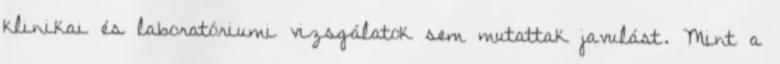
klinikai és laboratóriumi vizsgálatok sem mutattak javulást. Mint a